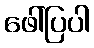
ဖေါ်ပြပါ